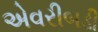
એવરીબડી